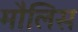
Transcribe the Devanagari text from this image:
मौलिस